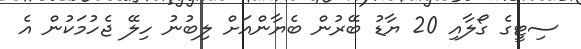
ސިޓީގެ ގޯލާއި 20 ޔާޑު ބޭރުން ބެޔާންއަށް ލިބުނު ހިލޭ ޖެހުމަކުން އެ